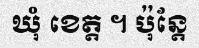
ឃុំ ខេត្ត ។ ប៉ុន្តែ